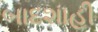
બાદશાહી